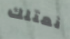
نمتلك